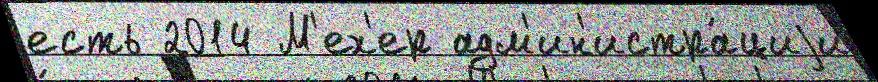
есть 2014 М'ех'ер адм'ин'истра́циjи